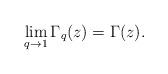
LaTeX: \begin{gather*}\lim_{q\rightarrow 1}{\Gamma_q(z)} = \Gamma(z).\end{gather*}